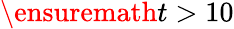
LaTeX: \ensuremath{t}>10